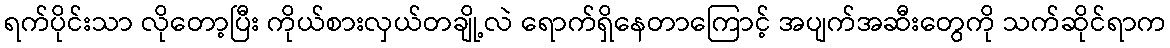
ရက်ပိုင်းသာ လိုတော့ပြီး ကိုယ်စားလှယ်တချို့လဲ ရောက်ရှိနေတာကြောင့် အပျက်အဆီးတွေကို သက်ဆိုင်ရာက